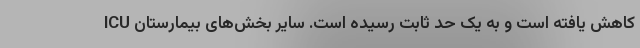
ICU کاهش یافته است و به یک حد ثابت رسیده است. سایر بخش‌های بیمارستان